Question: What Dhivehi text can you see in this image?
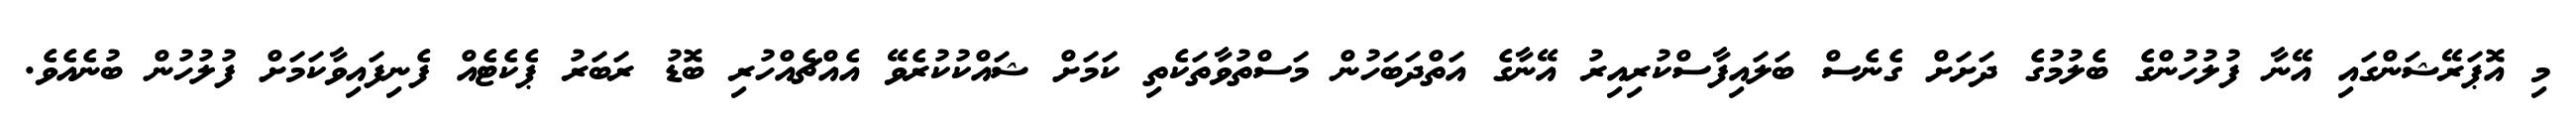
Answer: މި އޮޕަރޭޝަންގައި އޭނާ ފުލުހުންގެ ބެލުމުގެ ދަށަށް ގެނެސް ބަލައިފާސްކުރިއިރު އޭނާގެ އަތްދަބަހުން މަސްތުވާތަކެތި ކަމަށް ޝައްކުކުރެވޭ އެއްޗެއްހުރި ބޮޑު ރަބަރު ޕެކެޓެއް ފެނިފައިވާކަމަށް ފުލުހުން ބުނެއެވެ.